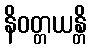
နိဝတ္တယန္တိ